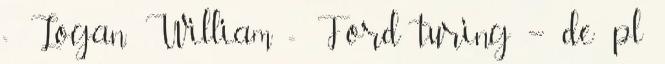
= Logan, William = Ford turing – de pl